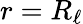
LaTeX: r=R_{\ell}